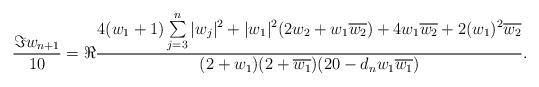
LaTeX: \begin{align*}\frac{\Im w_{n+1}}{10}=\Re \frac{4(w_1+1)\sum\limits_{j=3}^{n}|w_j|^2 +|w_1|^2(2w_2+w_1\overline{w_2})+4w_1\overline{w_2}+2(w_1)^2\overline{w_2}}{(2+w_1)(2+\overline{w_1})(20-d_nw_1\overline{w_1})}.\end{align*}